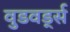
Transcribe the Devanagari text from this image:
वुडवर्ड्स